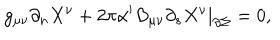
g _ { \mu \nu } \partial _ { n } X ^ { \nu } + 2 \pi \alpha ^ { \prime } B _ { \mu \nu } \partial _ { s } X ^ { \nu } | _ { \partial \Sigma } = 0 ,